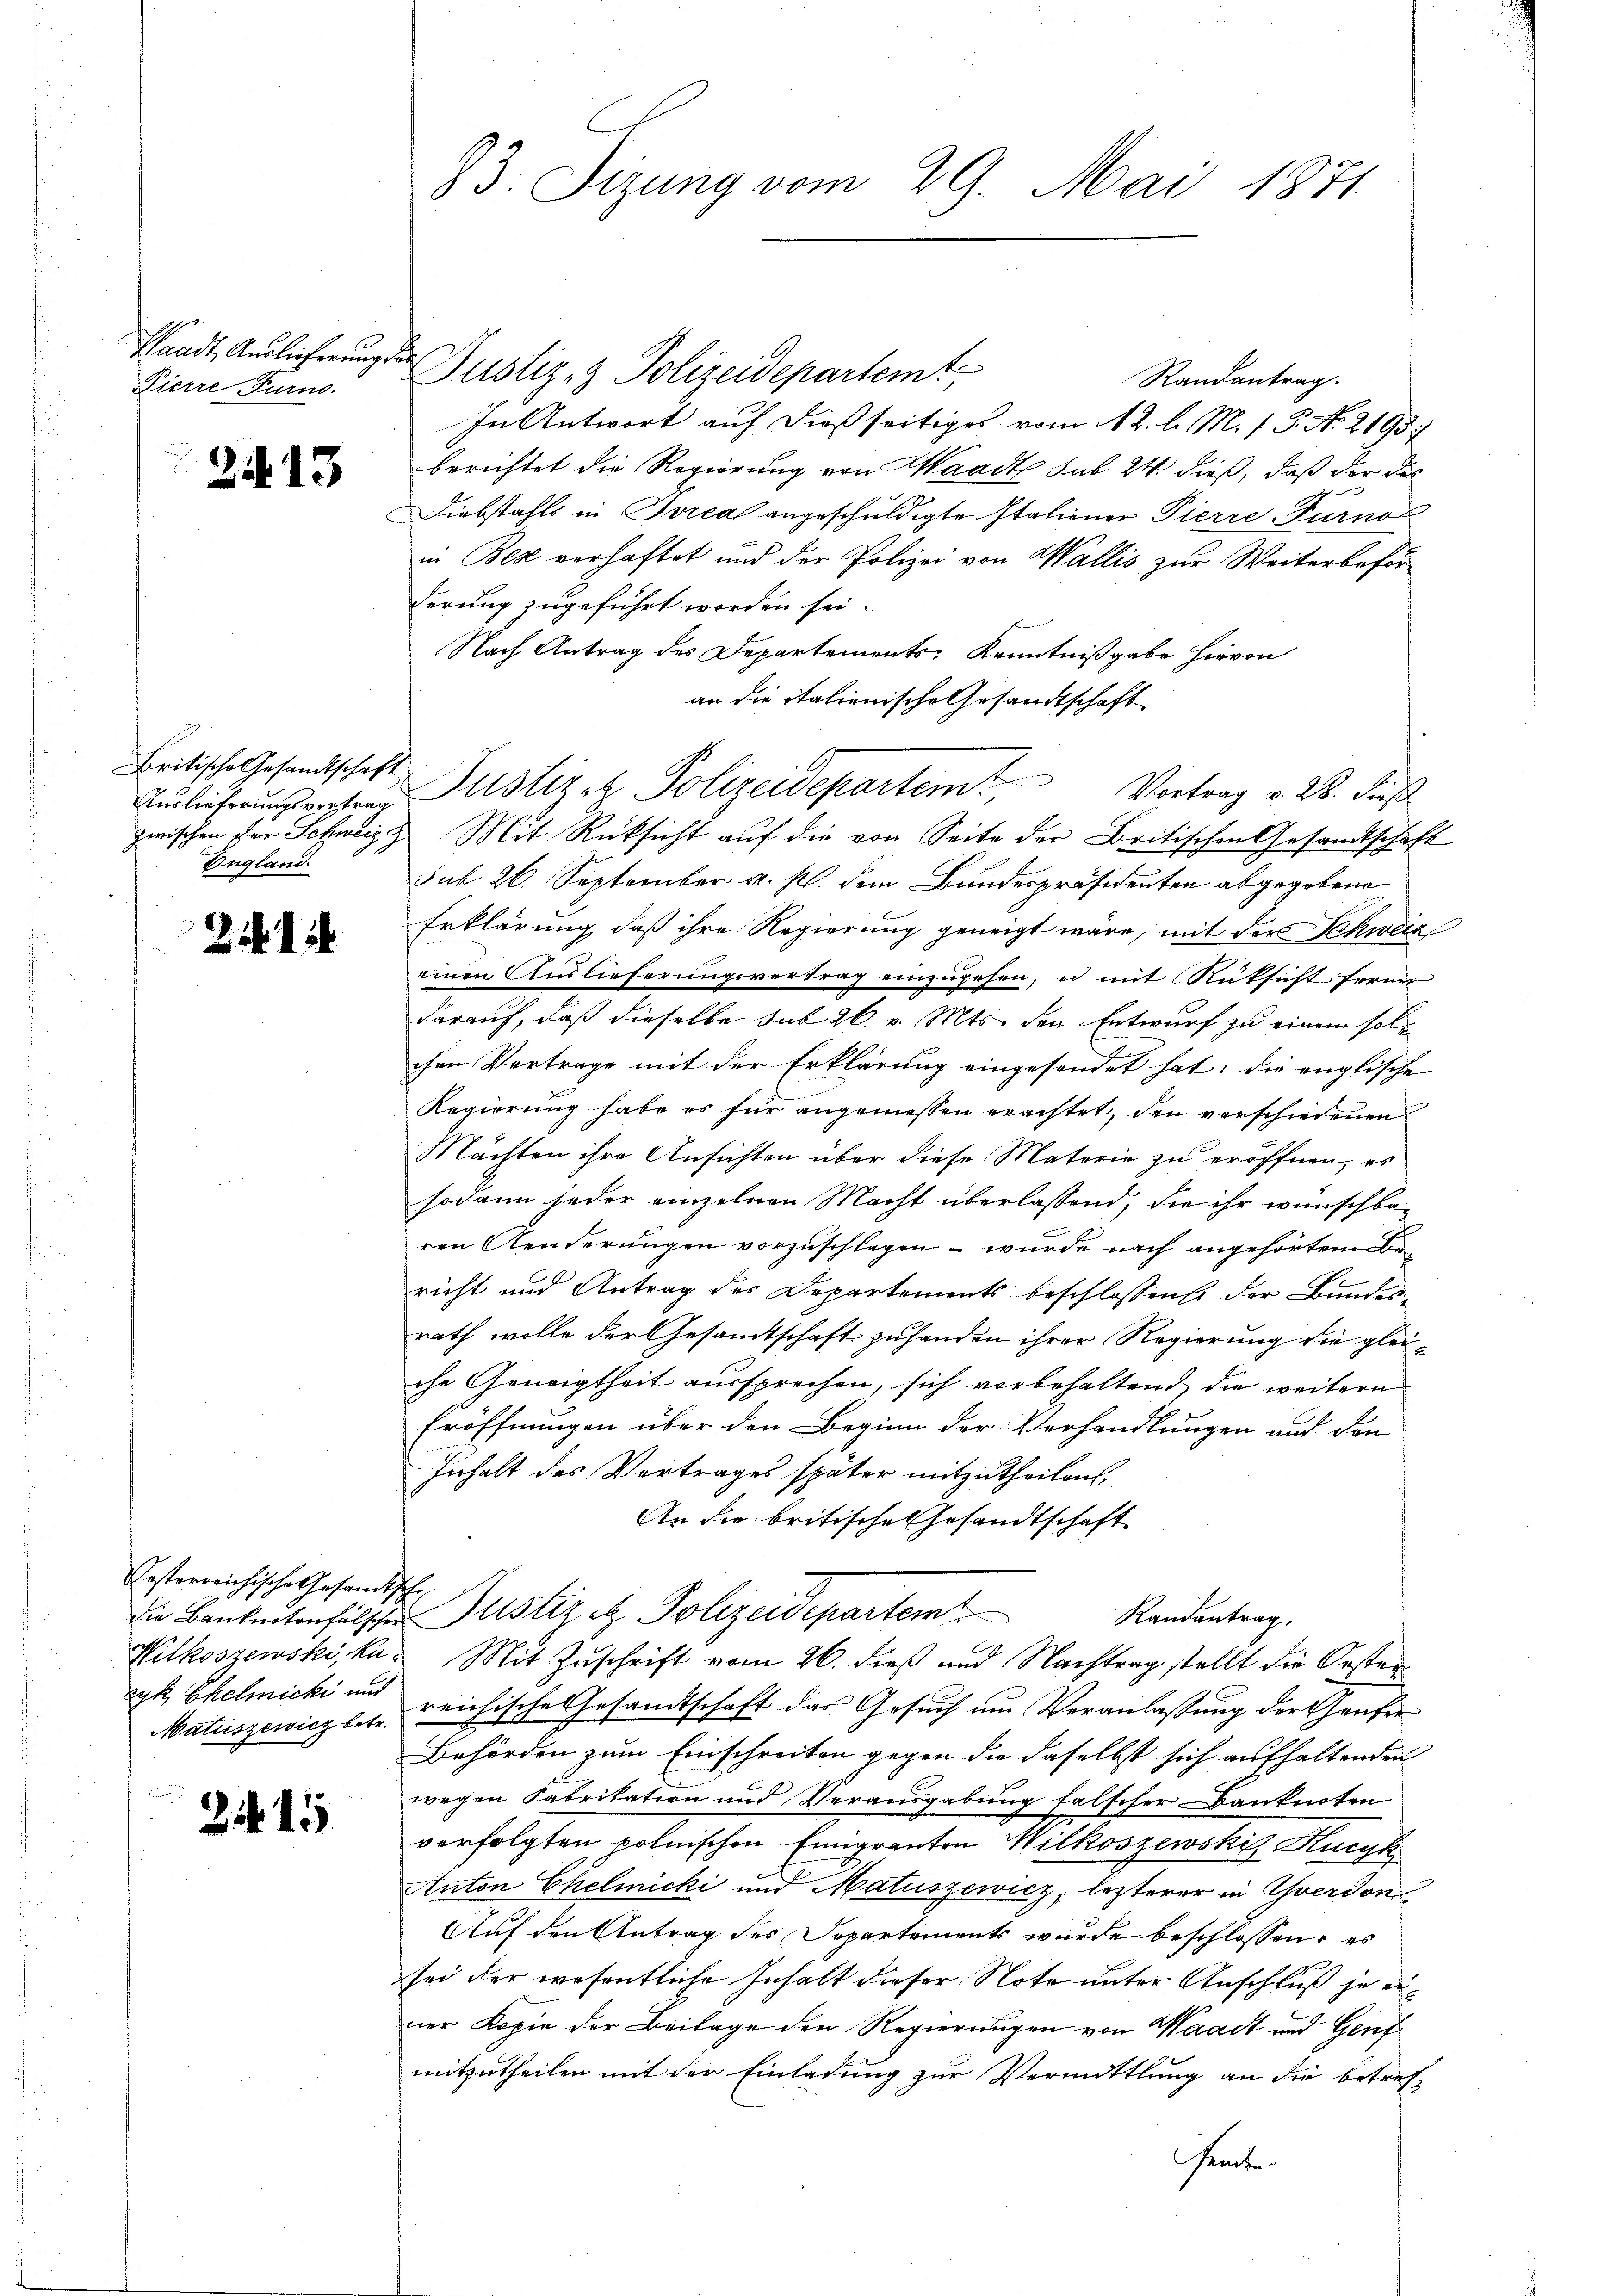
Waadt, Auslieferung der
Pierre Furno.

2413

Britische Gesandtschaft
England.

2

Kosterreichische Gesandtsche
Matuszewicz betr.

2415

33. Sizung vom 29. Mai 1871

Justiz- & Polizeidepartemt,
Randantrag.
In Antwort auf dießseitiges vom 12. l. M. J. G. No. 2193/
berichtet die Regierung von Waadt sub 24 dieß, daß der das
Diebstahls in Torea angeschuldigte Italiener Pierre-Tarno
in Bex verhaftet und der Polizei von Wallis zur Weiterbeförderung zugeführt worden sei.
Nach Antrag des Departements Kenntnißgabe hievon
an die italienische Gesandtschaft
2
Vortrag v. 28. dieß
Auslieferungsvertrud Justizel Polizeidepartem,
zwischen vor Schweiz Mit Rücksicht auf die von Seite der Britischen Gesandtschaft
sub 26. September a. p. dem Bundespräsidenten abgegebene
Erklärung, daß ihre Regierung geneigt wäre, mit der Schweiz
einen Auslieferungsvertrag einzŭgehen, u mit Rüksicht ferne
darauf, daß dieselbe sub 26. v. Mts. den Entwurf zu einem solchen Vertrage mit der Erklärung eingesendet hat; die englische
Regierung habe es für angemessen erachtet, den verschiedenen
Machten ihre Ansichten über diese Materie zu eröffnen, es
sodann jeder einzelnen Macht überlassend, die ihr wünschbaren Aenderungen vorzuschlagen – wurde nach angehörtem Bericht und Antrag der Departements beschlossen der Bundesrath wolle der Gesamtschaft zu handen ihrer Regierung die gleiche Geneigtheit aussprechen, sich vorbehaltend, die weitern
Eröffnungen über den Beginn der Verhandlungen und den
Inhalt des Vertrages später mitzutheilen,
An die britische Gesandtschaft
Die Banknotenfälschen Justiz etz. Polizeidepartemt
Randantrag.
Hilkoszewski, ka. Mit Zuschrift vom 26. dieß und Nachtrag stellt die Oestäncyk Chelmicki und reichische Gesandtschaft das Gesuch um Veranlassung der Haufer
Behörden zum Einschreiten gegen die daselbst sich aufhaltenden
wegen Fabrikation und Verausgabung falscher Banknoten
verfolgten polnischen Emigranten Wilkoszewski Kucyk
Anton Chelmicki und Matuszewicz, lezterer in Yverdon
Auf den Antrag des Separtements wurde beschlossen, es
sei der wesentliche Inhalt dieser Note unter Anschluß je einer Kopie der Beilage den Regierungen von Waadt und Genf
mitzutheilen mit der Einladung zur Vermittlung an die betrefsamte